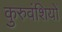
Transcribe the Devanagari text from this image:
कुरुवंशियों